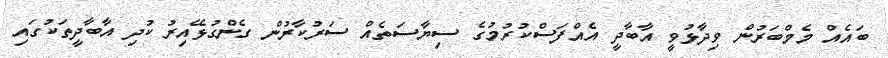
ބައެއް މެމްބަރުން ވިދާޅުވީ އާބާދީ އެއްފަސްކުރުމުގެ ސިޔާސަތެއް ސަރުކާރުން ގެންގުޅޭއިރު ކުދި އާބާދީތަކުގައި